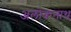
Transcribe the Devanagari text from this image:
अलोकनाथ